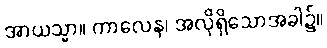
အာယသ္မာ။ ကာလေန၊ အလိုရှိသောအခါ၌။